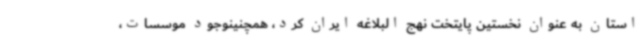
استان به عنوان نخستین پایتخت نهج البلاغه ایران کرد، همچنینوجود موسسات،